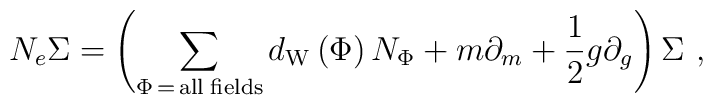
N_e\Sigma =\left( \sum\limits_{\Phi \,=\,{\rm all\;fields}}d_{{\rm W}}\left(\Phi \right) N_\Phi +m\partial _m+\frac 12g\partial _g\right) \Sigma \,\,,